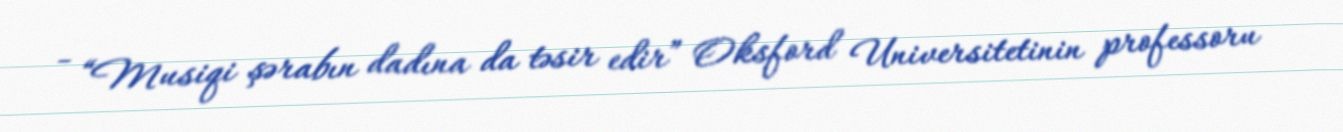
- “Musiqi şərabın dadına da təsir edir” Oksford Universitetinin professoru